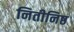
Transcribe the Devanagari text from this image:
नितीनिष्ठ